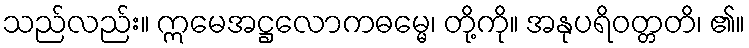
သည်လည်း။ ဣမေအဋ္ဌလောကဓမ္မေ၊ တို့ကို။ အနုပရိဝတ္တတိ၊ ၏။